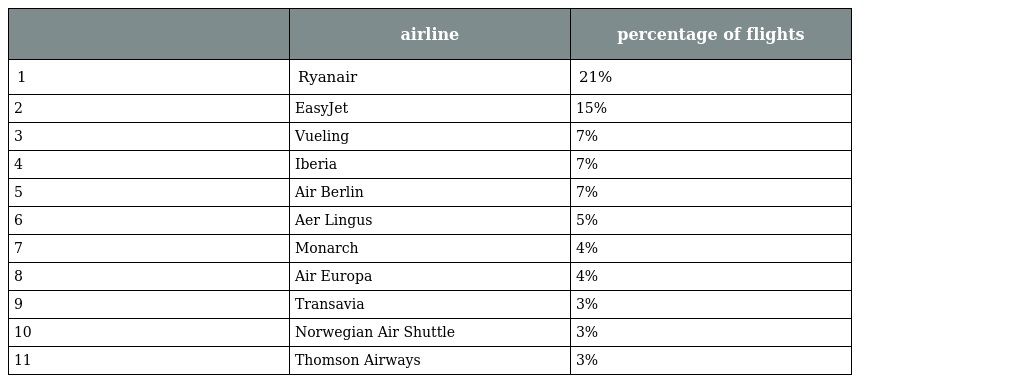
|  | airline | percentage of flights |
 | --- | --- | --- |
 | 1 | Ryanair | 21% |
 | 2 | EasyJet | 15% |
 | 3 | Vueling | 7% |
 | 4 | Iberia | 7% |
 | 5 | Air Berlin | 7% |
 | 6 | Aer Lingus | 5% |
 | 7 | Monarch | 4% |
 | 8 | Air Europa | 4% |
 | 9 | Transavia | 3% |
 | 10 | Norwegian Air Shuttle | 3% |
 | 11 | Thomson Airways | 3% |